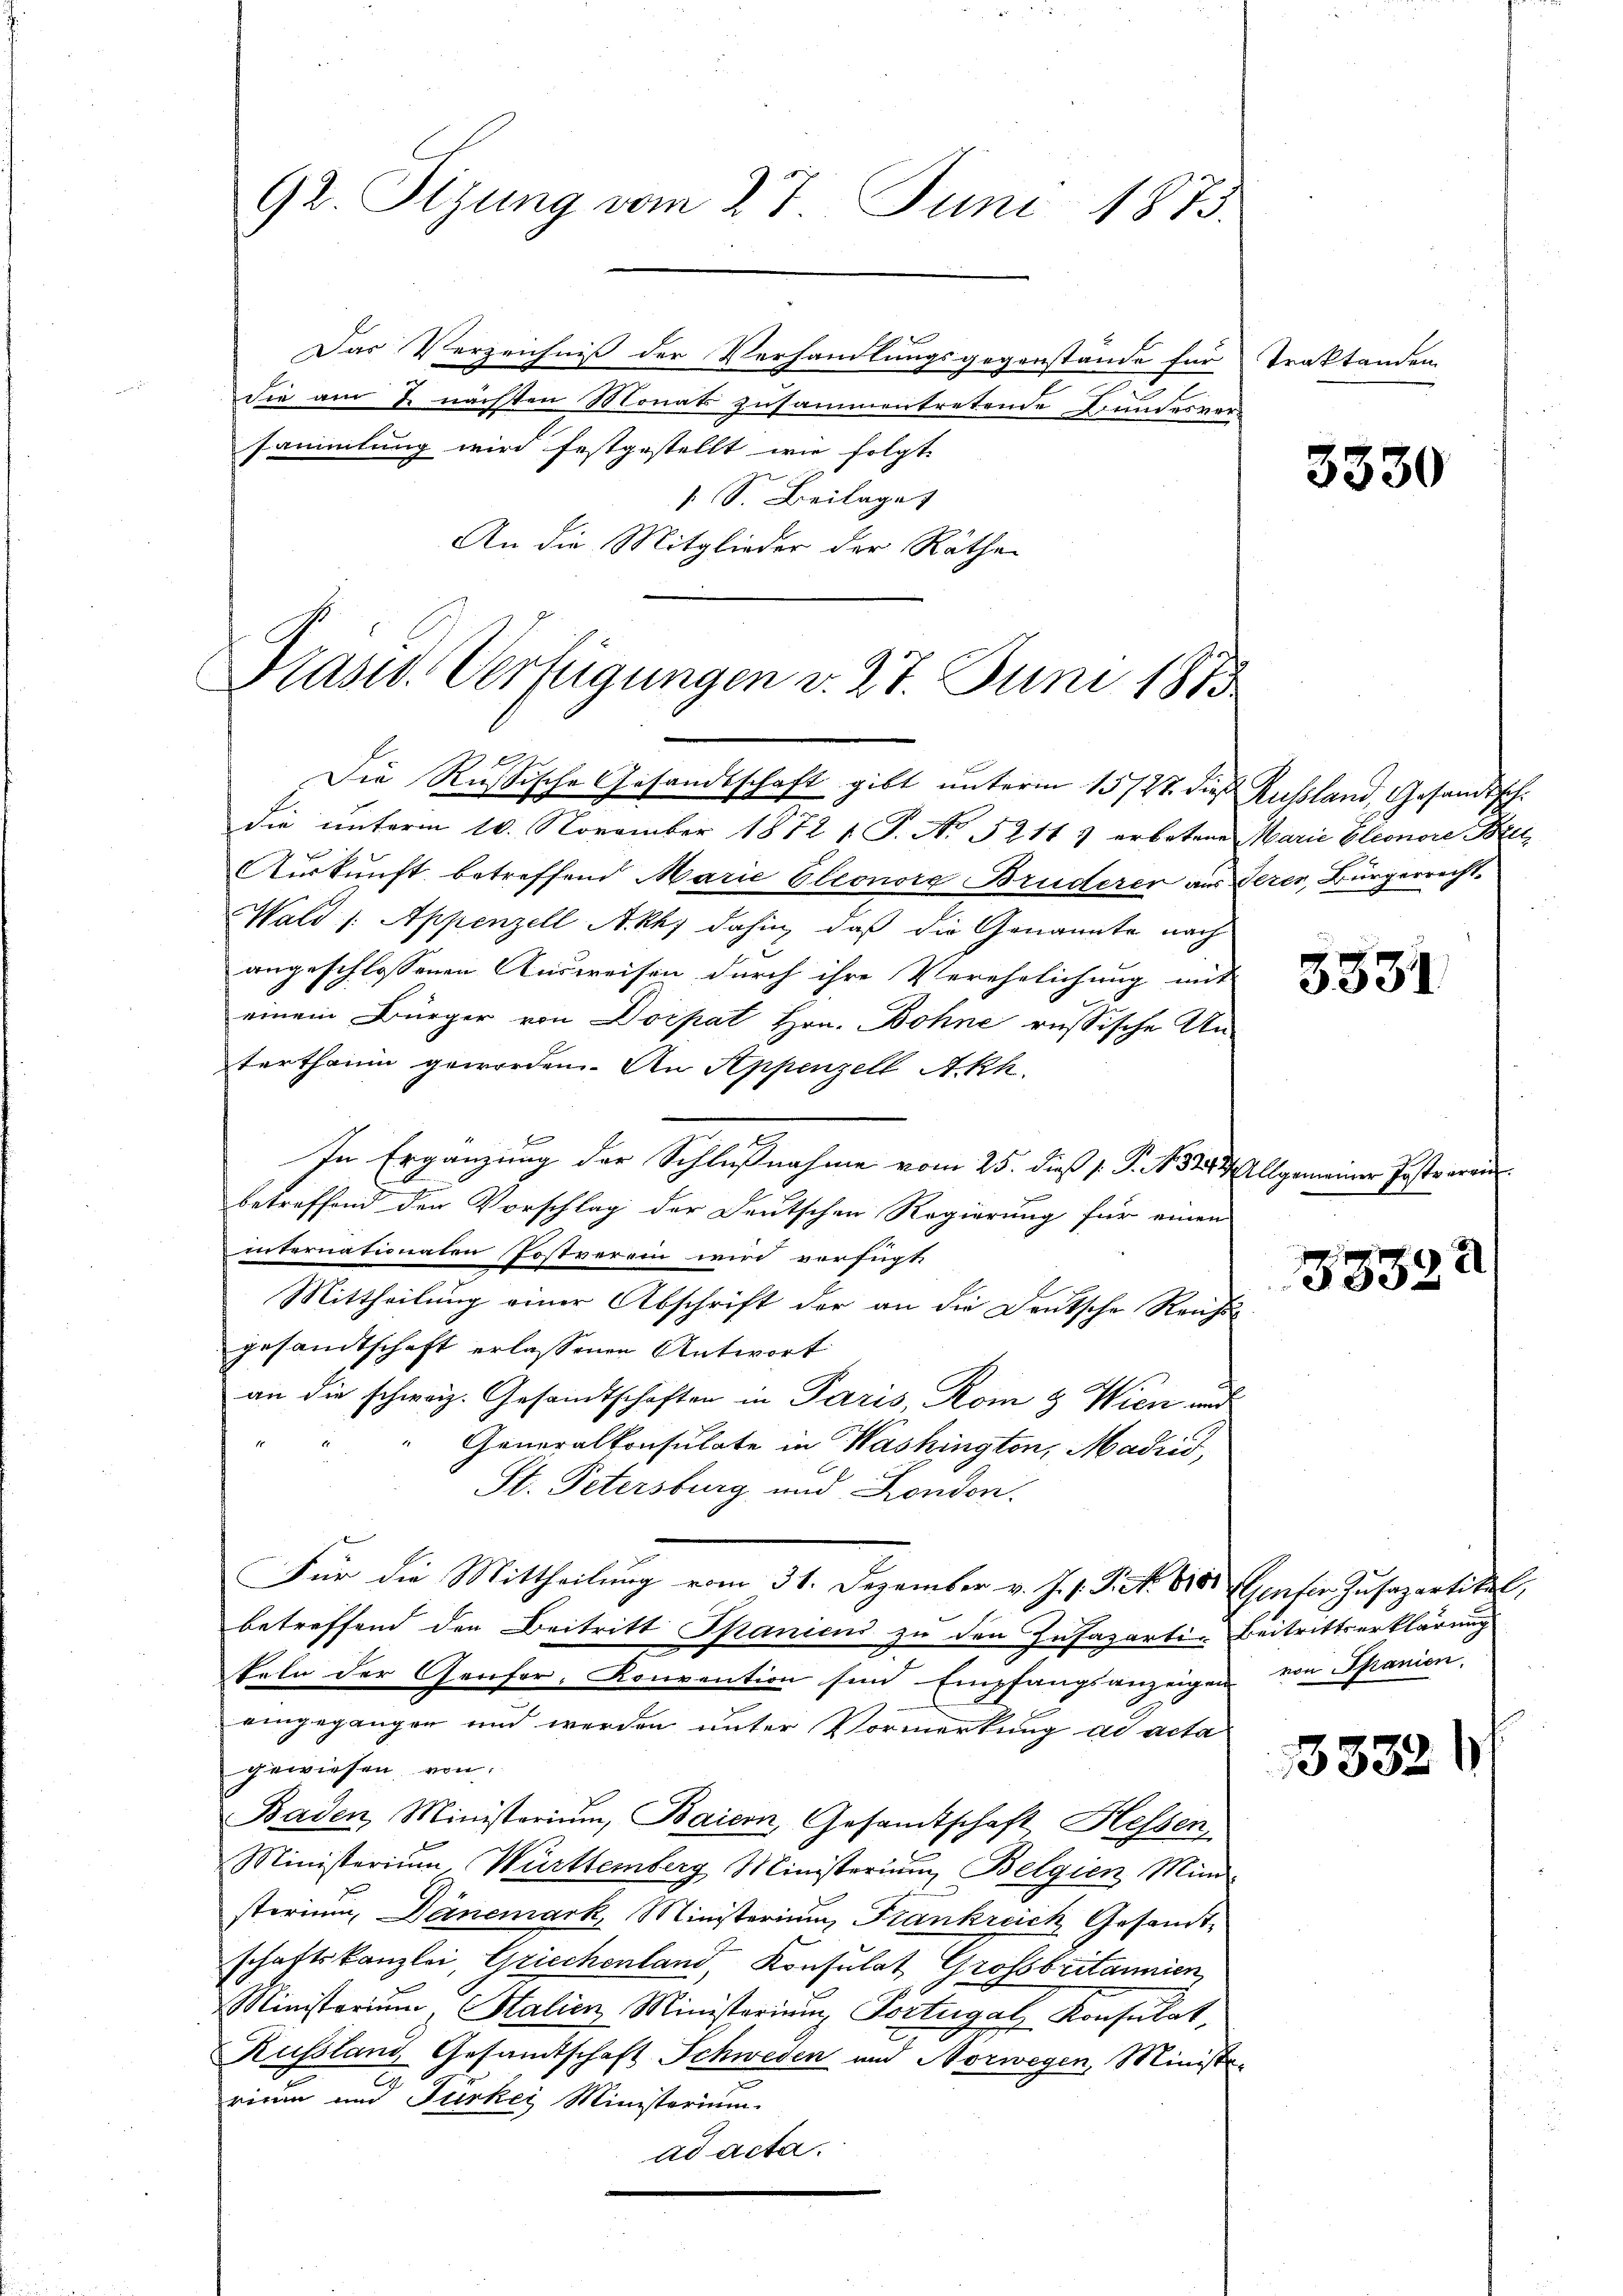
92. Sizung vom 27. Juni 1873.

Das Verzeichniß der Verhandlungsgegenstände für Traktanden
.
die am u. nächten Monats zusammentretende Bundesver
sammlung wird festgestellt wie folgt |
 S. Beilage
An die Mitglieder der Rathe

Prasso Verfügungen v. 27. Juni 1873
2
Die Rußische Gesandtschaft gibt unterm 15727. dieß Russland, Gesandtsch.

die unterm 10. November 1872 1. P. No 52117 erbetene Marie Eleonore Bee
Auskunft betreffend Marie Eleonorg Bruderer aus derer, Bürgerrecht¬
Wald /: Appenzell A.Rh. dahin, daß die Genannte nach
angeschlossenen Ausweisen durch ihre Verehelichung mit
einem Bürger von Dorpat Hrn. Bohne russische Un-
terthaum geworden. An Appenzell Akh.
f
In Ergänzung der Schlußnahme vom 25. dieß s. S. 1824 Allgemeiner Postreranbetreffend der Vorschlag der Deutschen Regierung für einen
internationalen Postverein wird verfügt
Mittheilung einer Abschrift der an die Deutsche Reichtsgesandtschaft erlassenen Antwort
an die schweiz. Gesamtschaften in Paris, Rom & Wien und
" Generalkonsulate in Washington, Madrid,
St. Petersburg und London.
Für die Mittheilung vom 31. Dezember v. J. s. S. Nr. 810. Genfer Zŭsapartikel,
betreffend den Beitritt Spanicus zu den Insazarti- Beitrittserklärung
teln der Genfor, Konvention sind Empfangsanzeigen von Spanien,
eingegangen und werden unter Vormerkung ad acta
gewiesen, von
Baden, Ministerium, Baiern, Gesandtschaft Hessen
Ministerium Württemberg Ministerium Belgien Mini-
sterium, Dänemark, Ministerium Stankreich Gesandt-
schaftskanzlei, Griechenland, Konsulat Grossbritannien,
Ministerium Stalien Ministerien Portugal Konsulat,
Russlang Gesamtschaft Schweden und Norwegen, Ministe-
rium und Fürkei Ministerium.
ad acta.

3530

3331

5332

3832